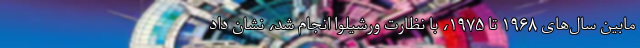
مابینِ سال‌های ۱۹۶۸ تا ۱۹۷۵، با نظارتِ ورشیلوا انجام شد، نشان داد